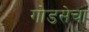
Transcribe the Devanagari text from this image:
गोडसेचा